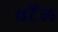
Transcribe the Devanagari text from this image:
वर्टेल